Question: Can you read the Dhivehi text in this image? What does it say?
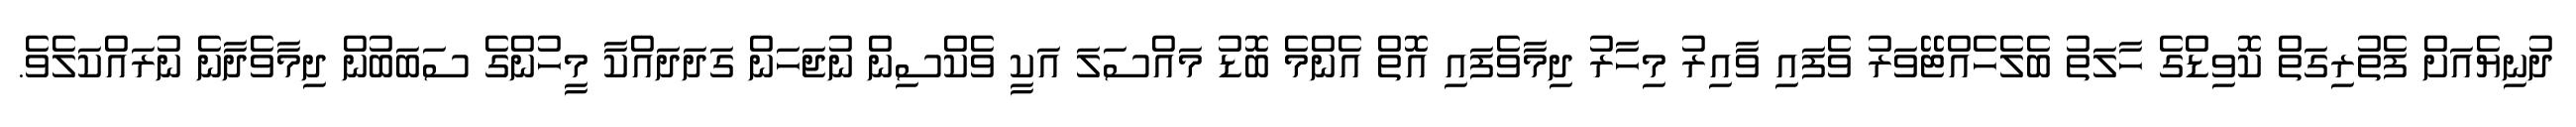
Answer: ދުނިޔެއަށް ފެތުރިގަތް ކޮވިޑްގެ ހާލަތު ބެލެހެއްޓޭވަރު ވެފައި ވާއިރު މިހާރު ދިމާވެފައި އޮތް އެންމެ ބޮޑު މައްސަލަ އަކީ ވެކްސިން ނުޖަހަން ގަދަދައްކާ މީހުންގެ ސަބަބުން ދިމާވެދާނެ ނުރައްކަލެވެ.